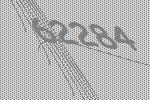
62284